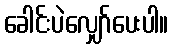
ခေါင်းပဲလျှော်ပေးပါ။